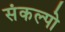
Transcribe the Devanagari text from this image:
संकल्पो